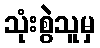
သုံးစွဲသူမှ